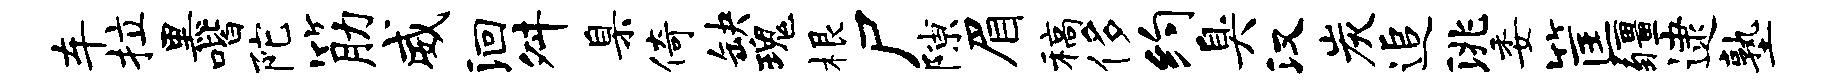
车拉黑喈陀筋威洄舛臬倚缺瑰根尸隙眉稿侈约臭汉炭追洮委筐疆逮塾